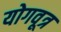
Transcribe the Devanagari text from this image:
योगवूत्र